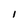
Character: I